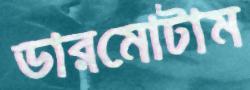
ডারমোটাম